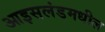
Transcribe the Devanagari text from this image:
आइसलंडमधील